Scottish Certificate of Education, 1963
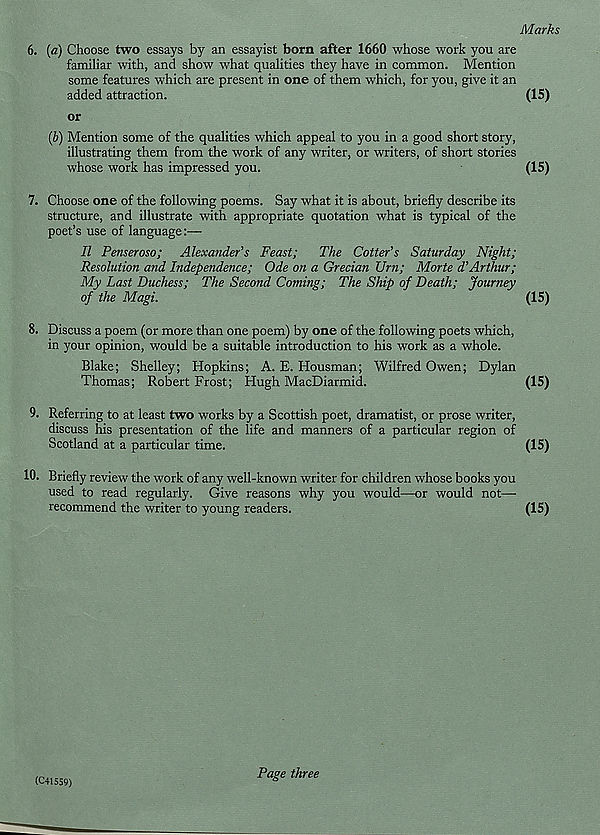
Marks
6. (a) Choose two essays by an essayist born after 1660 whose work you are
familiar with, and show what qualities they have in common. Mention
some features which are present in one of them which, for you, give it an
added attraction.
(15)
or
(6) Mention some of the qualities which appeal to you in a good short story,
illustrating them from the work of any writer, or writers, of short stories
whose work has impressed you.
(15)
7. Choose one of the following poems. Say what it is about, briefly describe its
structure, and illustrate with appropriate quotation what is typical of the
poet’s use of language:—
II Penseroso;
Alexander’s Feast;
The Cotter’s Saturday Night;
Resolution and Independence; Ode on a Grecian Urn; Morte d’Arthur;
My Last Duchess; The Second Coming; The Ship of Death; Journey
of the Magi.
(15)
8. Discuss a poem (or more than one poem) by one of the following poets which,
in your opinion, would be a suitable introduction to his work as a whole.
Blake; Shelley; Hopkins; A. E. Housman; Wilfred Owen; Dylan
Thomas; Robert Frost; Hugh MacDiarmid.
(15)
9. Referring to at least two works by a Scottish poet, dramatist, or prose writer,
discuss his presentation of the life and manners of a particular region of
Scotland at a particular time.
(15)
10.
Briefly review the work of any well-known writer for children whose books you
used to read regularly. Give reasons why you would—or would not—-
recommend the writer to young readers.
(15)
(C41559)
Page three